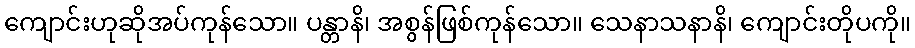
ကျောင်းဟုဆိုအပ်ကုန်သော။ ပန္တာနိ၊ အစွန်ဖြစ်ကုန်သော။ သေနာသနာနိ၊ ကျောင်းတိုပကို။